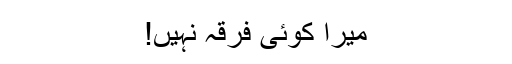
میرا کوئی فرقہ نہیں!